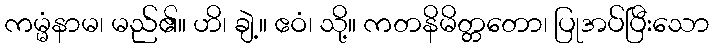
ကမ္မံနာမ၊ မည်၏။ ဟိ၊ ချဲ့။ ဧဝံ၊ သို့။ ကတနိမိတ္တတော၊ ပြုအပ်ပြီးသော